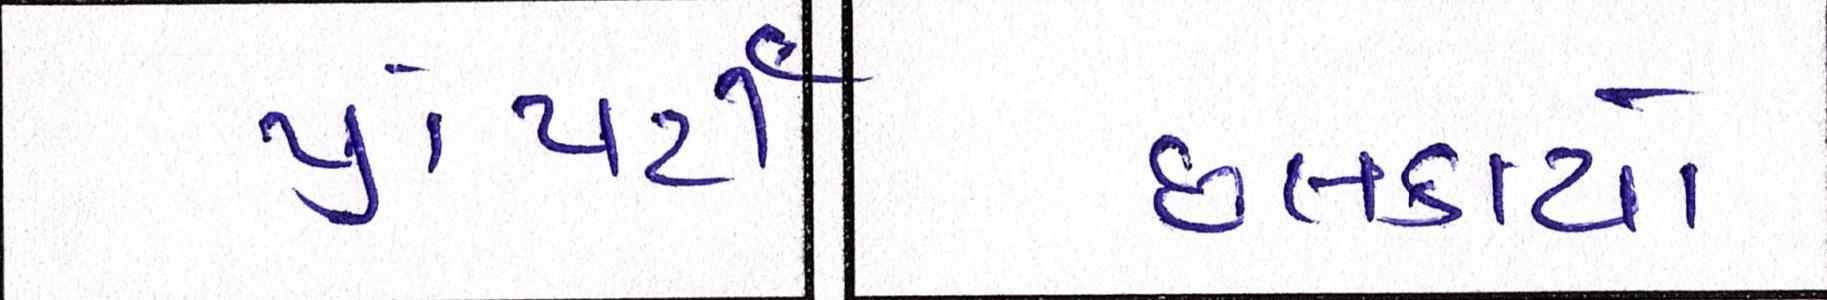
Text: છલકાયો